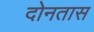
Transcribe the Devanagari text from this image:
दोनतास